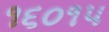
૧૬૦૧૫